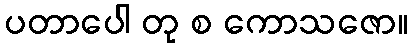
ပတာပေါ တု စ ကောသဇော။